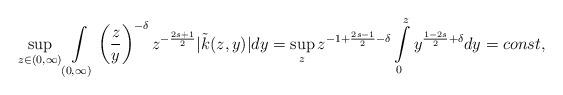
LaTeX: \begin{align*}\sup\limits_{z\in (0,\infty)} \int\limits_{(0,\infty)}\left( \frac{z}{y} \right)^{-\delta} z^{- \frac{2s+1}{2}} |\tilde{k}(z,y)|dy = \sup\limits_{z} z^{-1 + \frac{2s-1}{2}-\delta} \int\limits_{0}^{z}y^{ \frac{1-2s}{2}+\delta} dy = const,\end{align*}